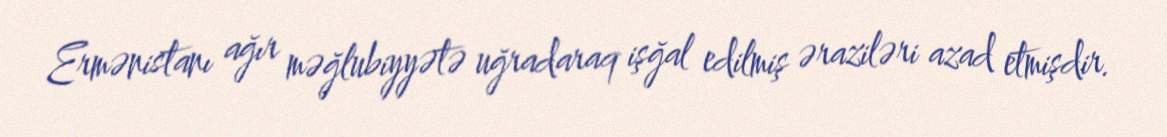
Ermənistanı ağır məğlubiyyətə uğradaraq işğal edilmiş əraziləri azad etmişdir.